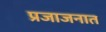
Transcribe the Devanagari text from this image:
प्रजाजनात